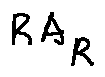
R A _ { R }